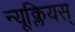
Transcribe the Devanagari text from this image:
न्यूक्लियस्